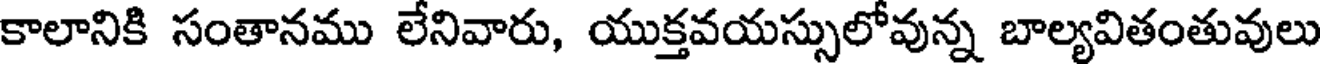
కాలానికి సంతానము లేనివారు, యుక్తవయస్సులోవున్న బాల్యవితంతువులు